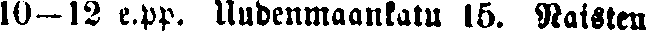
10—12 e.pp. Uudenmaankatu 15. Naisten